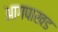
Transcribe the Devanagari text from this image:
आगपाखड